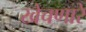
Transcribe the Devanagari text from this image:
खेचणारे